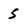
Character: 5